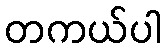
တကယ်ပါ